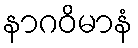
နာဂဝိမာနံ